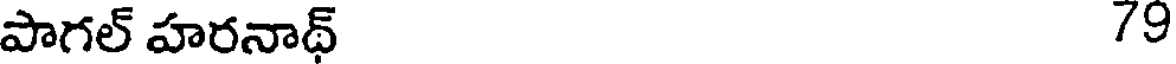
పాగల్ హరనాథ్ 79